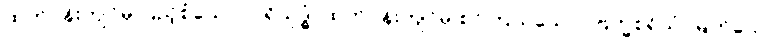
ထက်ဝန်းကျင်မှ ပြည့်စုံသော။ ပရိသုဒ္ဓံ၊ ထက်ဝန်းကျင်မှ စင်ကြယ်သော။ ဗြဟ္မစရိယံ၊ မြတ်သော